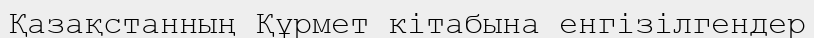
Қазақстанның Құрмет кітабына енгізілгендер